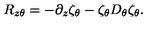
R _ { z \theta } = - \partial _ { z } \zeta _ { \theta } - \zeta _ { \theta } D _ { \theta } \zeta _ { \theta } .